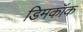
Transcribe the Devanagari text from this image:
डिमकॉक